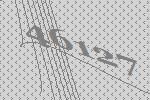
46127